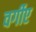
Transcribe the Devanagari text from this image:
वर्गीए